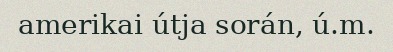
amerikai útja során, ú.m.